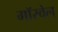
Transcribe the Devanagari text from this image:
गॉस्वेल